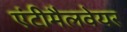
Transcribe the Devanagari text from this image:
एंटीमैलवेयर